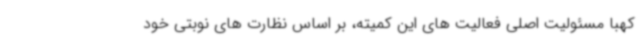
کهبا مسئولیت اصلی فعالیت های این کمیته، بر اساس نظارت های نوبتی خود